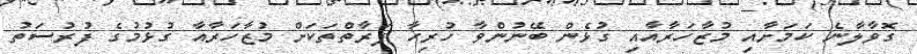
ގޮވާލާނެ ކަމަށާއި މުޒާހަރާއާއި ގުޅެން ބޭނުންވާ ހުރިހާ ފަރާތްތަކަށް މުޒާހަރާއާ ގުޅުމުގެ ފުރުސަތު